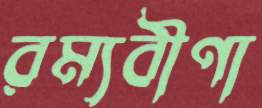
রম্যবীণা